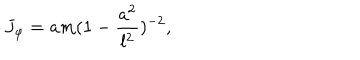
LaTeX: J _ { \varphi } = a m ( 1 - \frac { a ^ { 2 } } { l ^ { 2 } } ) ^ { - 2 } ,